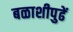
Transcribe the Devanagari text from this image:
बळाशीपुढें